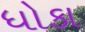
ધોકા